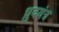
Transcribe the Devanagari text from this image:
ध्रुवयंत्र